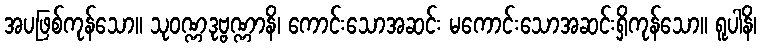
အပဖြစ်ကုန်သော။ သုဝဏ္ဏဒုဗ္ဗဏ္ဏာနိ၊ ကောင်းသောအဆင်း မကောင်းသောအဆင်းရှိကုန်သော။ ရူပါနိ၊